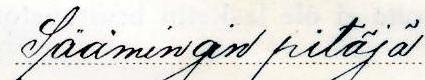
Säämingin pitäjä